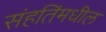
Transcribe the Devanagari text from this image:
संहतिंमधील